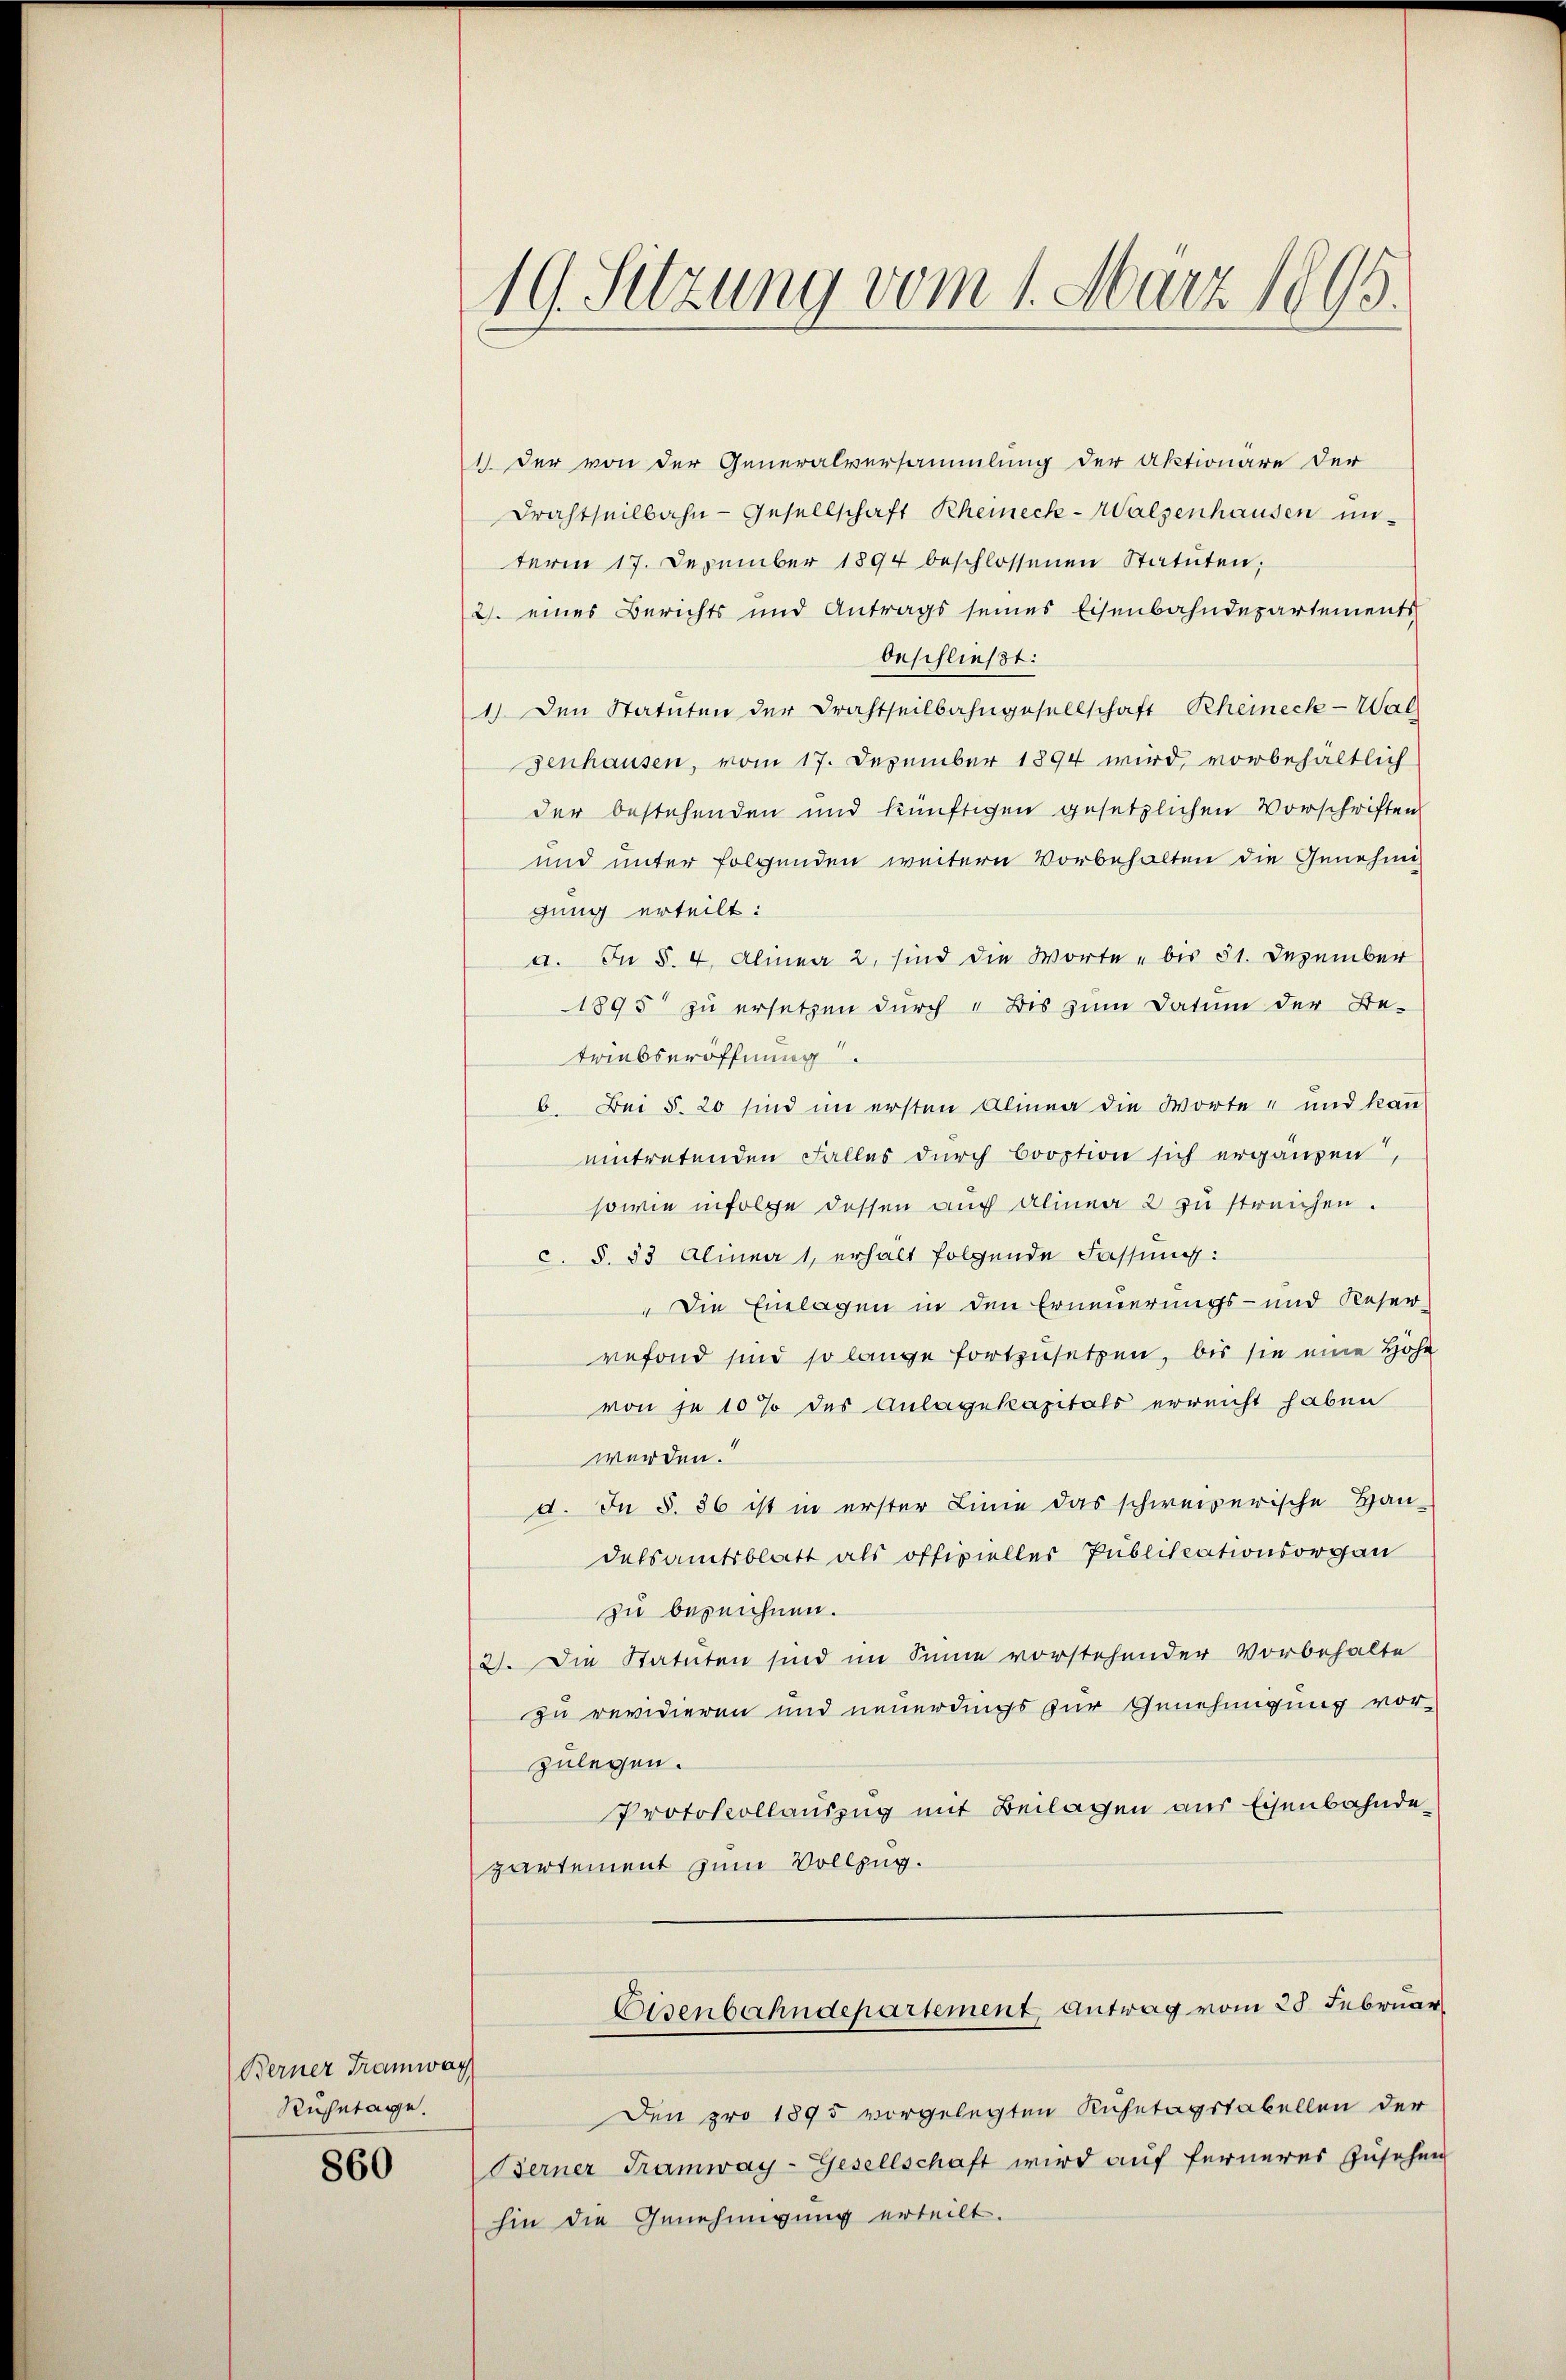
Berner Tramwag
Ruhetage.

860

19. Setzung vom 1. März 1895

1. Der von der Generalversammlung der Aktionäre der
Drahtheilbahn-Gesellschaft Rheineck-Walsenhausen unterm 17. Dezember 1894 beschlossenen Statuten;
2. eines Berichts und Antrags seines Eisenbahndepartements
beschließt:
1.) Den Statuten der Drahtheilbahngesellschaft Rheineck-Wal
senhausen, vom 17. Dezember 1894 wird, vorbehältlich
der bestehenden und künftigen gesetzlichen Vorschriften
und unter folgenden weitern Vorbehalten die Genehmig
gung erteilt:
a. In §. 4. Alinea 2. sind die Worte - bis 81. Dezember
1895 zu ersetzen durch " Bis zum Datum der Be-
triebseröffnung.
6. Bei §. 20 sind im ersten Alinea die Worte und kan
eintretenden Falles durch Cooption sich ergänzen,
sowie infolge dessen auch Alinea 2 zu streichen.
c. §. 83 Alinea 1, erhält folgende Fassung:
"Die Einlagen in den Erneuerungs- und Reser
vefond sind so lange fortzusetzen, bis sie eine Höhe
von je 10 % des Anlagekapitals erreicht haben
werden.“
d. In §. 86 ist in erster Linie das schweizerische Han-
detsamtsblatt als offizieller Publikationsorgan
zu bezeichnen.
2). Die Statuten sind im Sinne vorstehender Vorbehalte
zu revidieren und neuerdings zur Genehmigung vor-
zulegen.
Protokollauszug mit Beilagen aus Eisenbahndepartement zum Vollzug.
Eisenbahndepartement Antrag vom 25. Februar
Den pro 1895 vorgelegten Kuhetagstabellen der
Berner Tramway-Gesellschaft wird auf ferneres Zusehen
hin die Genehmigung erteilt.